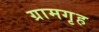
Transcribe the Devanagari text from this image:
ग्रामगृह